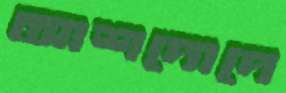
আশদোদে